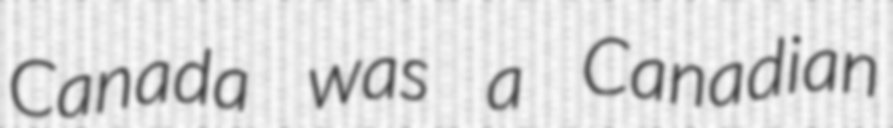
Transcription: Canada was a Canadian